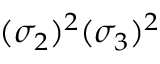
( \sigma _ { 2 } ) ^ { 2 } ( \sigma _ { 3 } ) ^ { 2 }